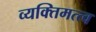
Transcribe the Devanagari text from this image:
व्यक्‍तिमत्त्व